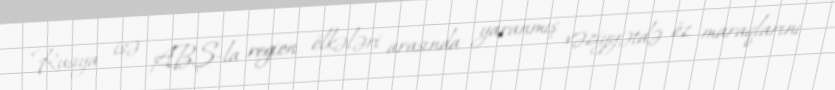
Rusiya isə ABŞ-la region ölkələri arasında yaranmış vəziyyətdə öz maraqlarını